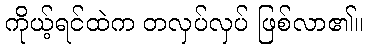
ကိုယ့်ရင်ထဲက တလှပ်လှပ် ဖြစ်လာ၏။